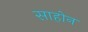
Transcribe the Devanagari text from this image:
साहोन